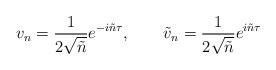
LaTeX: \begin{align*}v_n = \frac{1}{2\sqrt{ \tilde{n}}}e^{-i\tilde{n}\tau},\qquad \tilde{v}_n= \frac{1}{2\sqrt{ \tilde{n}}} e^{i\tilde{n}\tau}\end{align*}